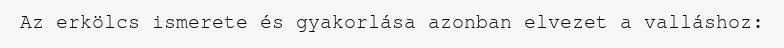
Az erkölcs ismerete és gyakorlása azonban elvezet a valláshoz: